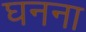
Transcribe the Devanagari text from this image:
घनना